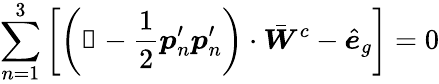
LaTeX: \sum_{n=1}^{3}\left[\left(\mathbb{1}-\frac{1}{2}\boldsymbol{p}_{n}^{\prime}\boldsymbol{p}_{n}^{\prime}\right)\cdot\bar{\boldsymbol{W}}^{c}-\hat{\boldsymbol{e}}_{g}\right]=0